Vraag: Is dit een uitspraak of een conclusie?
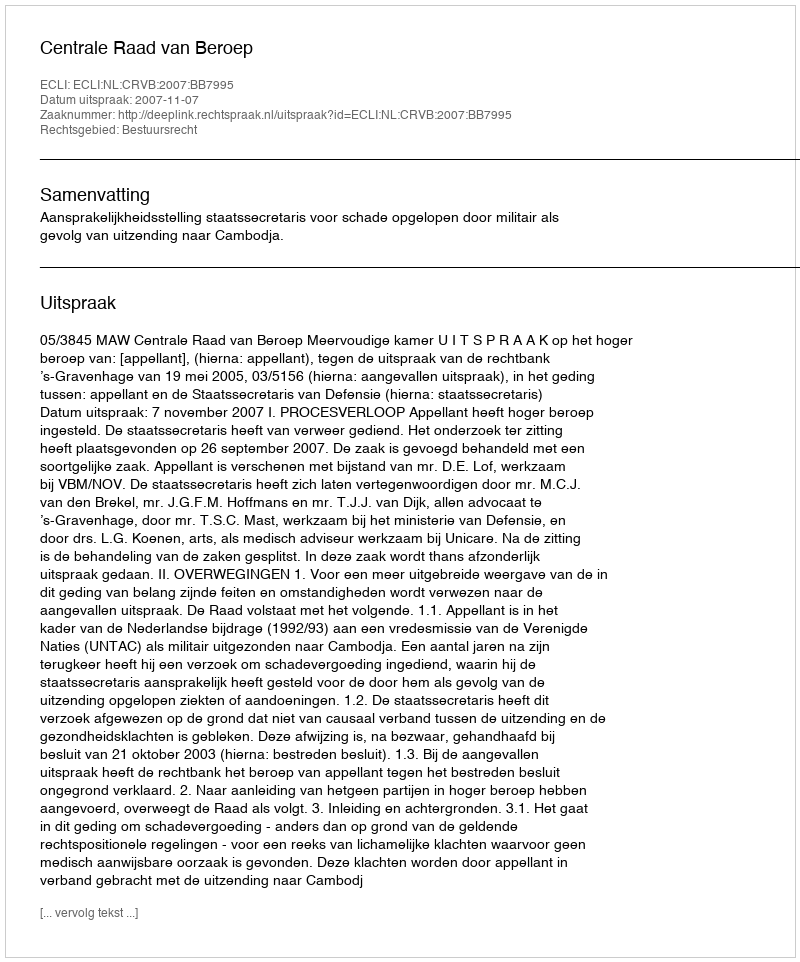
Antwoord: Uitspraak